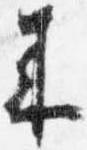
来